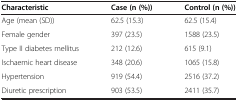
| Characteristic | Case (n (%)) | Control (n (%)) |
 | --- | --- | --- |
 | Age (mean (SD)) | 62.5 (15.3) | 62.5 (15.4) |
 | Female gender | 397 (23.5) | 1588 (23.5) |
 | Type II diabetes mellitus | 212 (12.6) | 615 (9.1) |
 | Ischaemic heart disease | 348 (20.6) | 1065 (15.8) |
 | Hypertension | 919 (54.4) | 2516 (37.2) |
 | Diuretic prescription | 903 (53.5) | 2411 (35.7) |